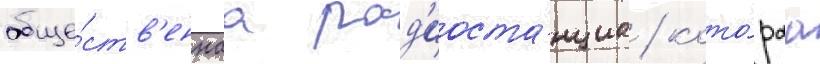
обще́ств'еннаа рад'иоста́нциа / кото́раа